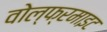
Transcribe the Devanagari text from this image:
वोल्फ्रमाइट